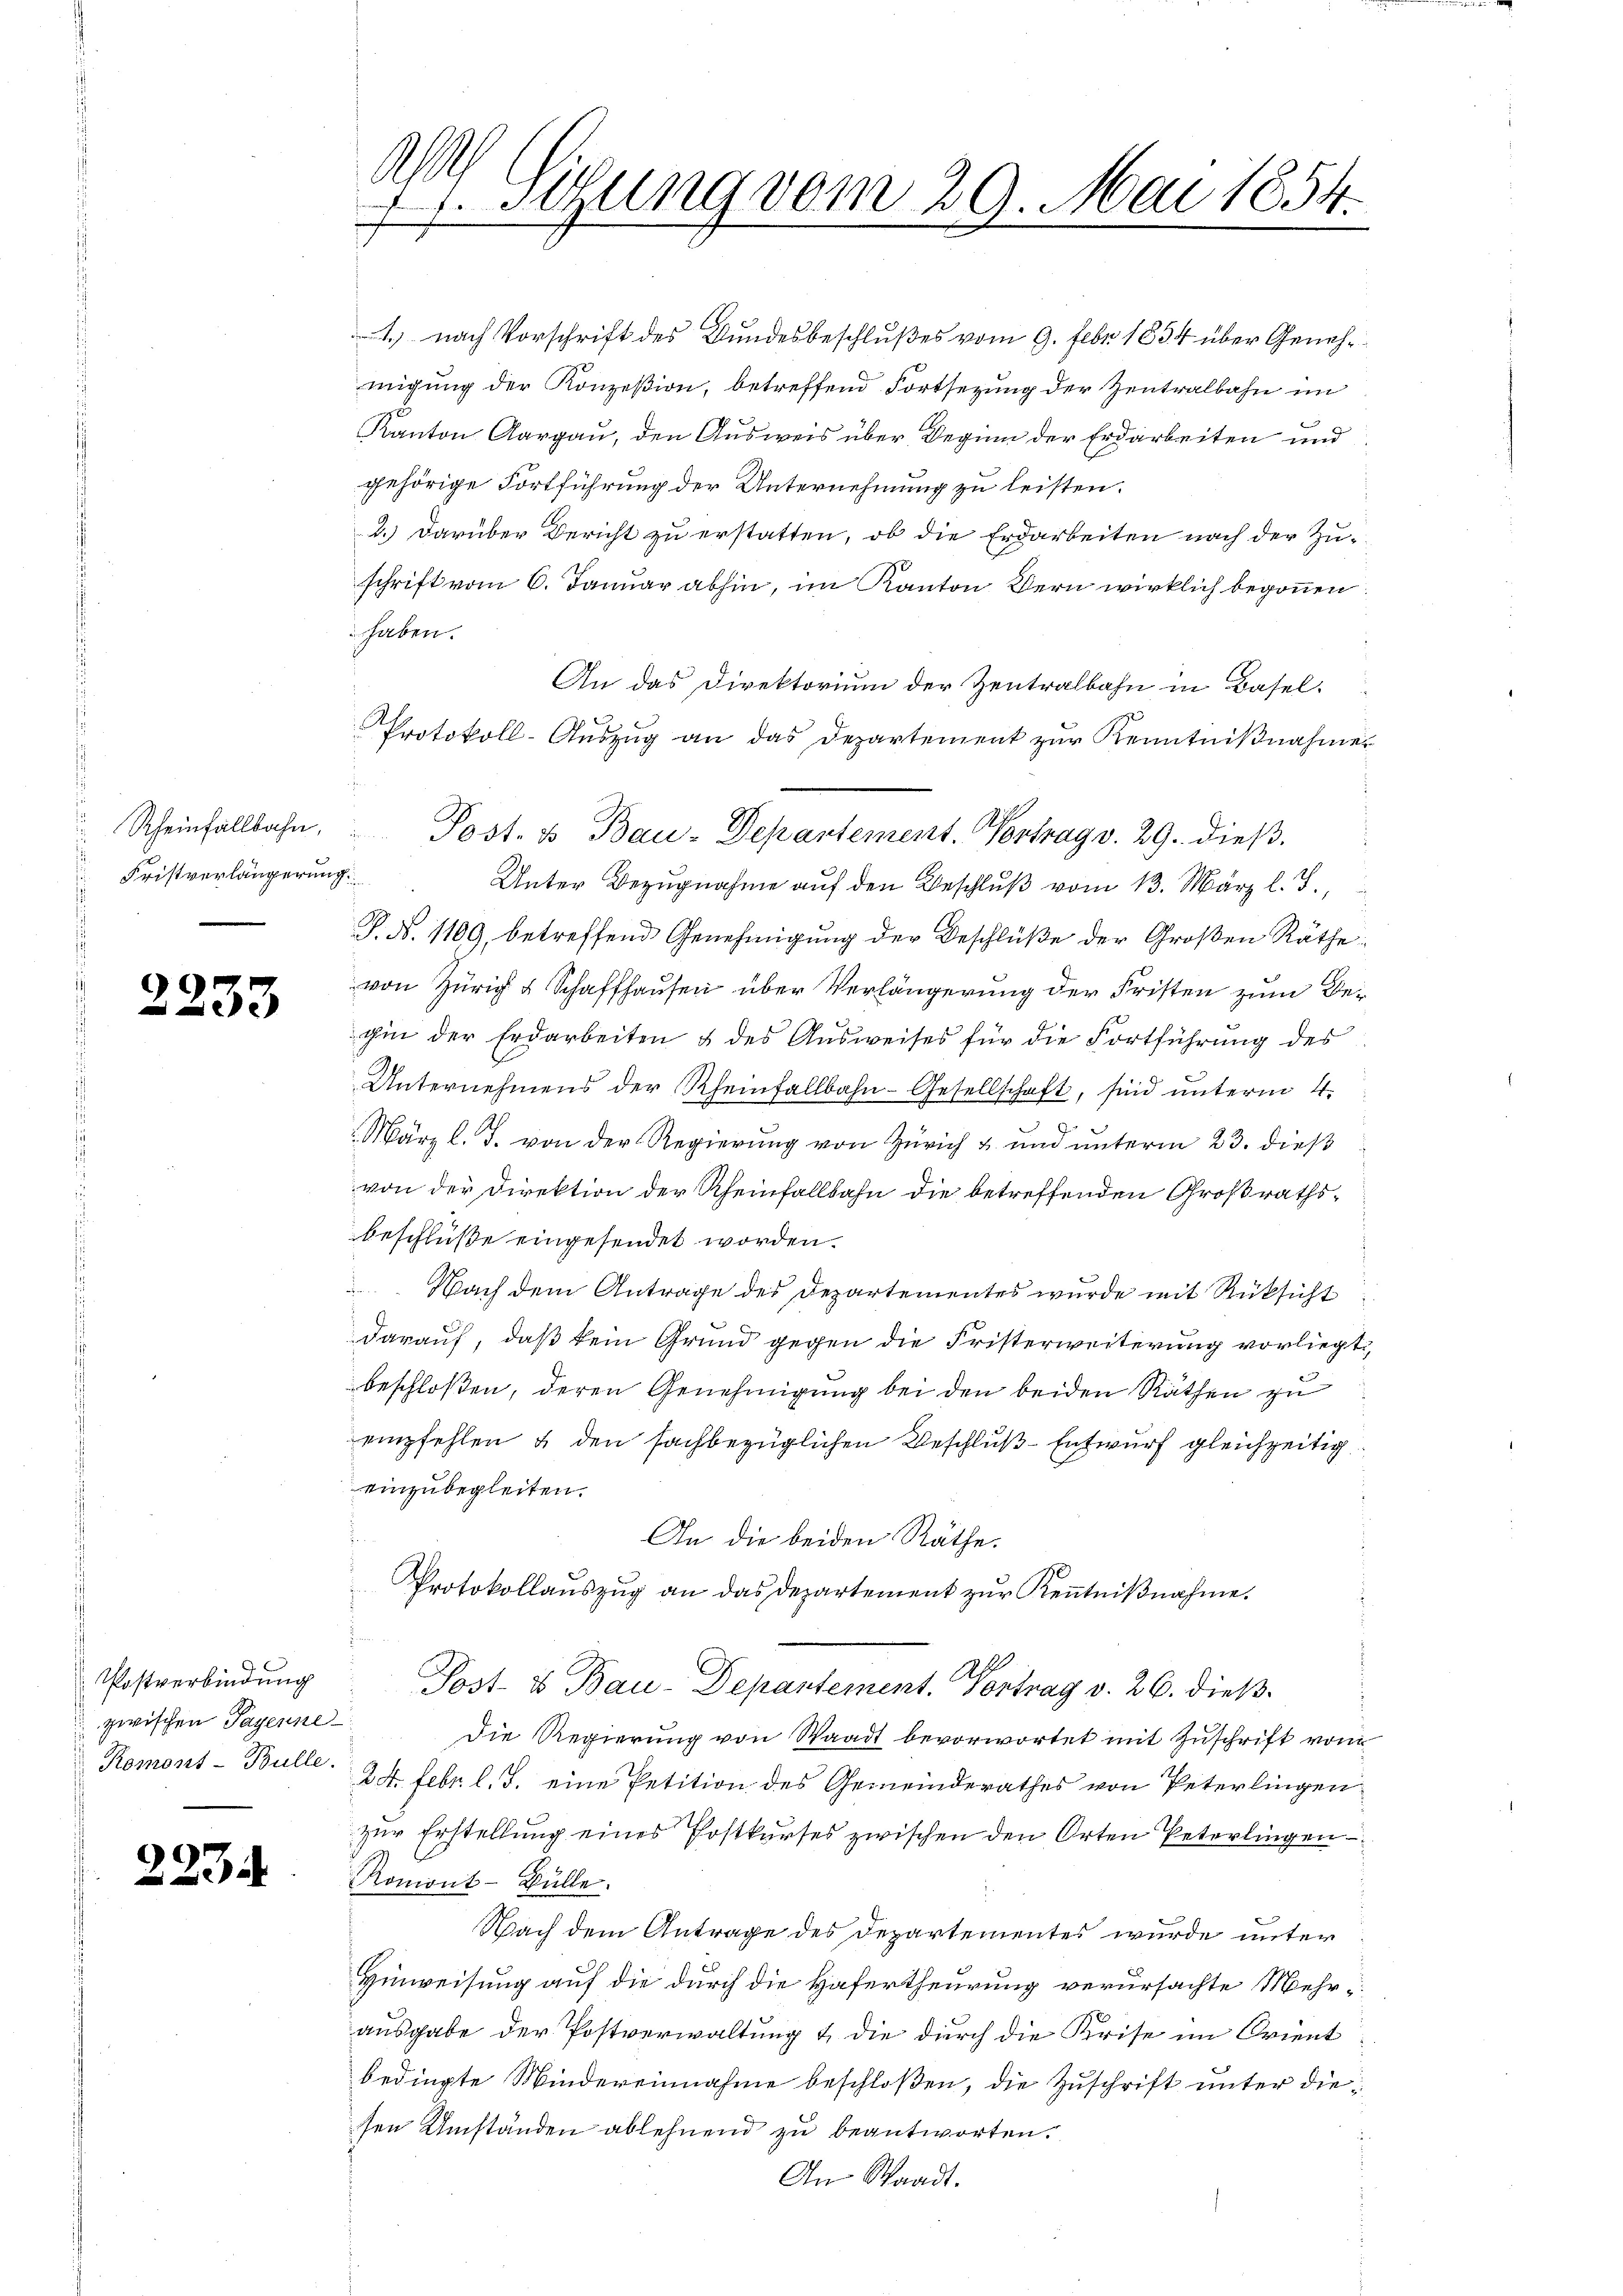
Rheinfallbahn,
Fristverlängerung.

2233

Postverbindung
zwischen Payenne
Romont-Bulle.

223.

A.
1. Setzung vom 29. Mai 1854.
.

4 nach Vorschrift des Bundesbeschlußes vom 9. Febr. 1834 über Genehmigung der Konzesion, betreffend Fortsetzung der Zentralbahn im
Kanton Aargau, den Ausweis über Beginn der Erdarbeiten und
gehörige Fortführung der Unternehmung zu leisten.
2.) Darüber Bericht zu erstatten, ob die Erdarbeiten nach der Zu-
schrift vom 6. Januar abhin, im Kanton Kern wirklich begonnen
haben.
An das Direktorium der Zentralbahn in Basel.
Protokoll-Auszug an das Departement zur Kenntnißnahmer
Unter Bezugnahme auf den Beschlŭβ vom 13. März l. J.,
P. N. 1109, betreffend Genehmigung der Beschlüße der Großen Räthe
von Zürich & Schaffhausen über Verlängerung der Fristen zum Behin der Erdarbeiten & des Ausweises für die Fortführung des
Unternehmens der Rheinfallbahn-Gesellschaft, sind unterm 4.
März l. J. von der Regierung von Zürich & und unterm 23. dieß
von der Direktion der Rheinfallbahn die betreffenden Großrathsbeschlüße eingesendet worden.
 Nach dem Antrage des Departementes wurde mit Rücksicht
darauf, daß kein Grund gegen die Fristerweiterung vorliegt,
beschloßen, deren Genehmigung bei den beiden Räthen zu
empfehlen & den sachbezüglichen Beschluß-Entwurf gleichzeitig
einzubegleiten.
An die beiden Räthe.
Protokollaŭszŭg an das Departement zŭr Keṅtniβnahme.
.
.
Post- & Bau-Depantement. Vortrag v. 26. dieß
Die Regierung von Waadt bevorwortet mit Zuschrift vom
24. Febr. l. J. eine Petition des Gemeinderathes von Peterlingen
zur Erstellung eines Postkurses zwischen den Orten Peterlingen
Romont-Bülle.
Nach dem Antrage des Departementes wurde unter
Hinweisung auf die durch die Hafertheurung verursachte Mehrausgabe der Postverwaltung & die durch die Krise im Orient
bedingte Mindereinnahme beschloßen, die Zuschrift unter diesen Umständen ablehnend zu beantworten.
i
An Waadt.

Post- & Bau-Departement. Vortrag v. 29. dieß.